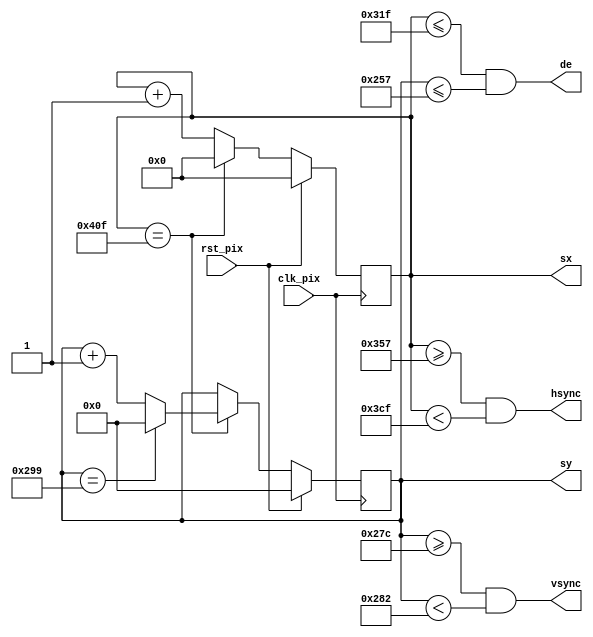
// Project F: FPGA Graphics - Simple 640x480p60 Display
// (C)2022 Will Green, open source hardware released under the MIT License
// Learn more at https://projectf.io/posts/fpga-graphics/

`default_nettype none
`timescale 1ns / 1ps

module simple_600p (
    input  wire clk_pix,   // pixel clock
    input  wire rst_pix,   // reset in pixel clock domain
    output reg  [10:0] sx,  // horizontal screen position
    output reg  [ 9:0] sy,  // vertical screen position
    output      hsync,     // horizontal sync
    output      vsync,     // vertical sync
    output      de         // data enable (low in blanking interval)
    );

    // horizontal timings
    parameter HA_END = 799;           // end of active pixels
    parameter HS_STA = HA_END + 56;   // sync starts after front porch
    parameter HS_END = HS_STA + 120;  // sync ends
    parameter LINE   = 1039;           // last pixel on line (after back porch)

    // vertical timings
    parameter VA_END = 599;           // end of active pixels
    parameter VS_STA = VA_END + 37;   // sync starts after front porch
    parameter VS_END = VS_STA + 6;    // sync ends
    parameter SCREEN = 665;           // last line on screen (after back porch)

    assign hsync = (sx >= HS_STA && sx < HS_END);  // positive polarity
    assign vsync = (sy >= VS_STA && sy < VS_END);  // positive polarity
    assign de = (sx <= HA_END && sy <= VA_END);

    // calculate horizontal and vertical screen position
    always @(posedge clk_pix)
    begin
        if (sx == LINE) begin  // last pixel on line?
            sx <= 0;
            sy <= (sy == SCREEN) ? 0 : sy + 1;  // last line on screen?
        end else begin
            sx <= sx + 1;
        end
        if (rst_pix) begin
            sx <= 0;
            sy <= 0;
        end
    end
endmodule